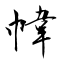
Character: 幃